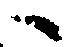
ヘ